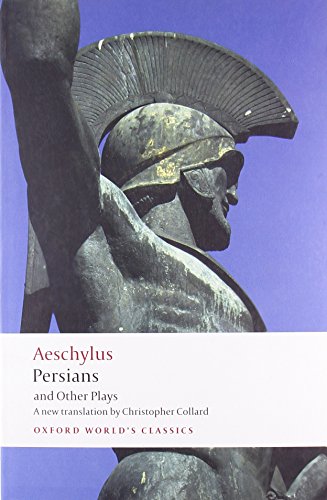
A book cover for Persians and Other Plays (Oxford World's Classics); Aeschylus; Literature & Fiction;